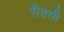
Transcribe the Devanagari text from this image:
सैक्सी